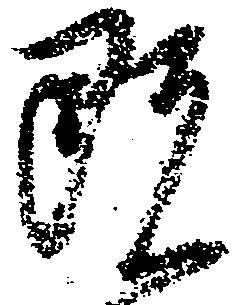
既